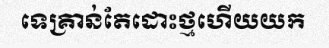
ទេគ្រាន់តែដោះថ្មហើយយក